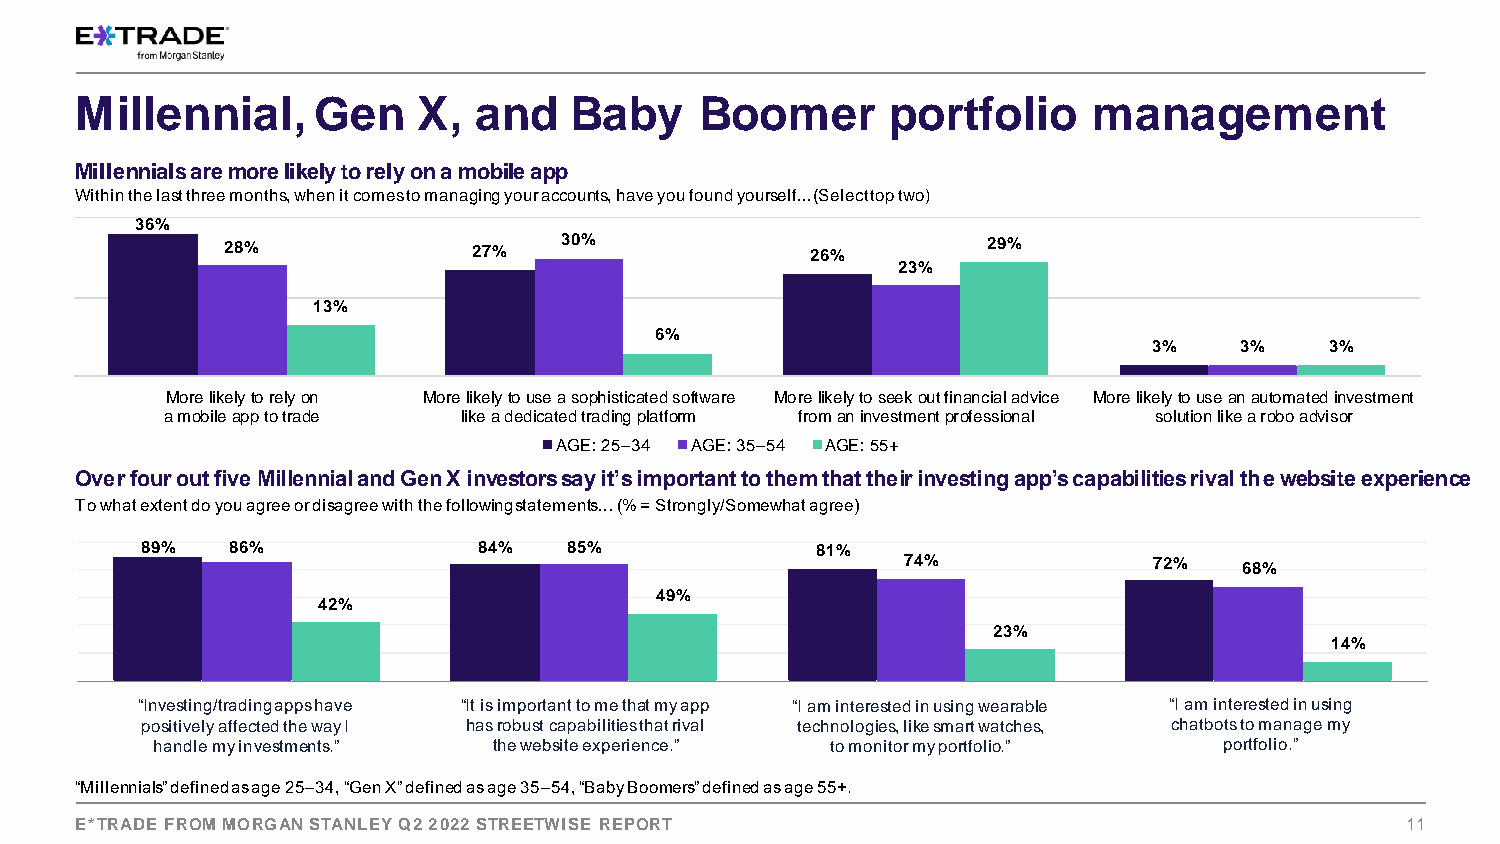
Millennial,     Gen    X,  and   Baby    Boomer       portfolio    management
 Millennials are more likely to rely on a mobile app
 Within the last three months, when it comes to managing your accounts, have you found yourself... (Select top two)
 36%
 28%             27%   30%              26%        29%
 23%
 13%
 6%
 3%    3%    3%
 More likely to rely on More likely to use a sophisticated software More likely to seek out financial advice More likely to use an automated investment
 a mobile app to trade like a dedicated trading platform from an investment professional solution like a robo advisor
 AGE: 25–34 AGE: 35–54 AGE: 55+
 Over four out five Millennial and Gen X investors say it’s important to them that their investing app’s capabilities rival the website experience
 To what extent do you agree or disagree with the following statements… (% = Strongly/Somewhat agree)
 89%   86%              84%   85%             81%
 74%             72%   68%
 49%
 42%
 23%
 14%
 “Investing/ptorasditiivnegl yapps have “It is imbrpokoertraagnet 'tso m moeb itlhe aatp mpy app “I am interestwedea irna bulseing wearable “I am intcehraetsbtoetds in using
 positively affected the way I has robust capabilities that rival technologies, like smart watches, chatbots to manage my
 handle my investments.” the website experience.” to monitor my portfolio.” portfolio.”
 “Millennials” defined as age 25–34, “Gen X” defined as age 35–54, “Baby Boomers” defined as age 55+.
 E*TRADE FROM MORGAN STANLEY Q2 2022 STREETWISE REPORT                 [FOR INTERNAL USE ONLY] 11